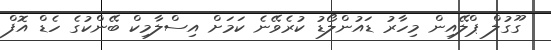
ގޫގުލް ޕްލޭއިން މިހާރު ޑައުންލޯޑު ކުރެވޭނެ ކަމަށް އިސްލާމިކް ބޭންކުގެ ހެޑް އޮފް